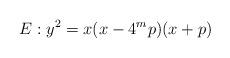
LaTeX: \begin{align*} E : y^{2} = x(x-4^{m}p)(x+p)\end{align*}